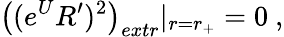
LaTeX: \left((e^{U}R^{\prime})^{2}\right)_{extr}|_{r=r_{+}}=0\ ,